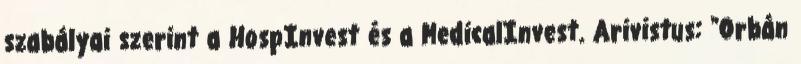
szabályai szerint a HospInvest és a MedicalInvest. Arivistus: "Orbán